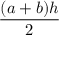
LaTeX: { \frac { ( a + b ) h } { 2 } } \,